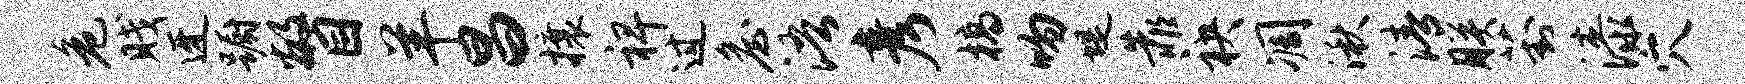
危贱迓蹰瞥羊昌攘裨过詹浯彦槁吻堤靠袂凋湫清朕葑漆穴